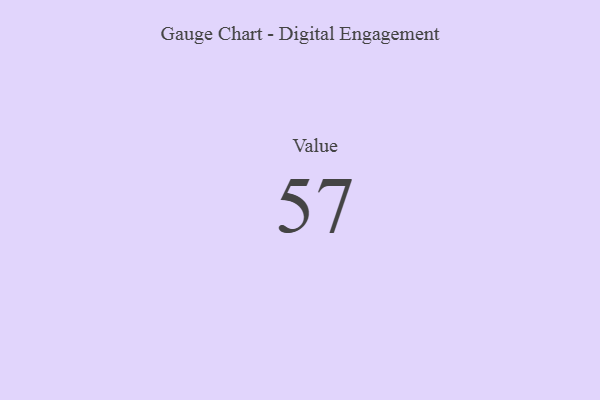
{"axis": {"x": "Metric", "y": "Value"}, "legend": [""], "data": [{"x": "Value", "y": 57, "type": ""}]}